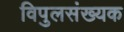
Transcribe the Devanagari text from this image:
विपुलसंख्यक